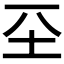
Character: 𡉊